Annual report of the Punjab Veterinary College and of the Civil Veterinary Department, Punjab - 1894-1908
Year: 1894
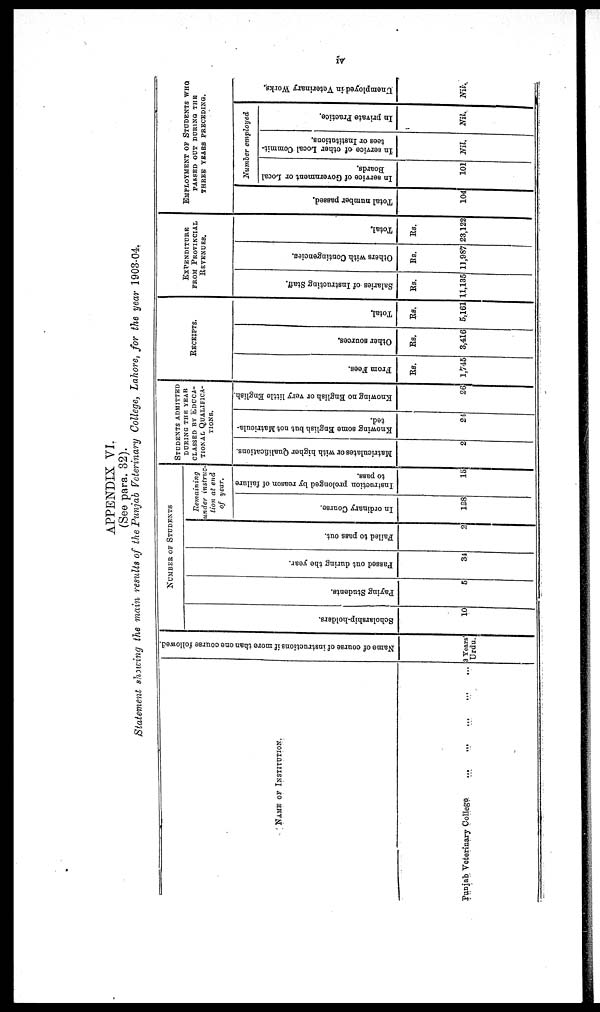
iv
APPENDIX VI.
(See para. 32).
Statement showing the main results of the Punjab Veterinary College, Lahore, for the year 1903-04.
NAME OF INSTITUTION.
Punjab Veterinary College ... ... ... ... ... ...
Na me of cour s e of i
ns t
r uct i
ons if mor e t ha n one c our s e f
ol l
owed.
3Years
Urdu.
NUMBER OF STUDENTS
Sc hol a r
s hi p- hol de r
s .
10
Payi ng St udent s .
5
Pas s ed out dur i
ng the year .
34
Fai l
ed to pass out.
2
Remaining
under instruc-
tion at end
of year.
In o r d i n a r y Coar s e.
128
I ns t
r uct i
on p r o l o n g e d by r
e a s on of f ai l ur e
to pass.
15
STUDENTS ADMITTED
DURING THE YEAR
CLASSED BY EDUCA-
TIONAL QUALIFICA-
TIONS.
Ma t
r
i
c ul a t
e s or wi t h hi gher Qual i
f
i
cat i
ons .
2
Knowing s
ome Engl i
s h but not Ma t
r
i
c ul a -
ted.
24
Knowing no Engl i
s h or ver y little Engl i
s h.
26
RECEIPTS.
Fr om Fees.
Rs.
1,745
Ot her s our ces .
Rs.
3,416
Tot al .
Rs.
5,161
EXPENDITURE
FROM PROVINCIAL
REVENUES.
Sal ar i
es of I ns t
r uct i
ng St af f .
Rs.
11,135
Ot her s with Cont i
nge nc i
e s .
Rs.
11,987
Tot al .
Rs.
23,122
EMPLOYMENT OF STUDENT WHO.
PASSED OUT DURING THE
THREE YEARS PRECEDING.
Tot al number passed.
104
Number employed
In service of Government or Local
Boards.
101
In service of other Local commit-
tees or Institutions.
Nil.
In private Practice.
Nil.
Un e mp lo
y e d in Vet er i
nar y Wor ks .
Nil.